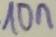
Text: 10n